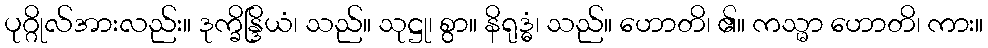
ပုဂ္ဂိုလ်အားလည်း။ ဒုက္ခိန္ဒြိယံ၊ သည်။ သုဋ္ဌု၊ စွာ။ နိရုဒ္ဓံ၊ သည်။ ဟောတိ၊ ၏။ ကသ္မာ ဟောတိ၊ ကား။